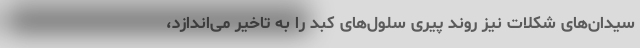
سیدان‌های شکلات نیز روند پیری سلول‌های کبد را به تاخیر می‌اندازد،